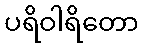
ပရိဝါရိတော